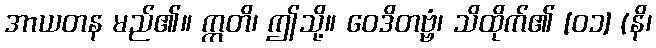
အာယတန မည်၏။ ဣတိ၊ ဤသို့။ ဝေဒိတဗ္ဗံ၊ သိထိုက်၏ [၀၁] (နိ၊